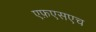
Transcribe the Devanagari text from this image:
एफ़एसएच